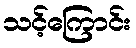
သင့်ကြောင်း